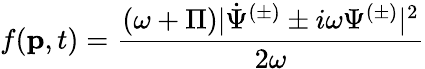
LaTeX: f(\textbf{p},t)=\frac{{(\omega+\Pi)|\dot{\Psi}^{(\pm)}\pm i\omega\Psi^{(\pm)}|^{2}}}{2\omega}